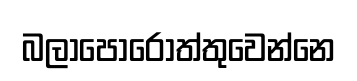
බලාපොරොත්තුවෙන්නෙ